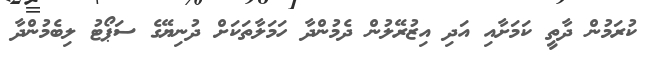
ކުރަމުން ދާތީ ކަމަށާއި އަދި އިޒުރޭލުން ދެމުންދާ ހަމަލާތަކަށް ދުނިޔޭގެ ސަޕޯޓު ލިބެމުންދާ